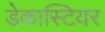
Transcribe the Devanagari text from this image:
डेकास्टियर